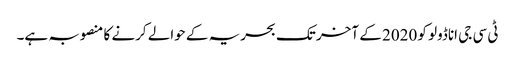
ٹی سی جی اناڈولو کو 2020 کے آخر تک بحریہ کے حوالے کرنے کا منصوبہ ہے۔